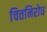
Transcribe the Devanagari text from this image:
चित्तनिरोध